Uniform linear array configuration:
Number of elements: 48
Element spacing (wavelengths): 1
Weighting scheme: kaiser
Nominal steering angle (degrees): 15
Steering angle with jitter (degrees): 15.958
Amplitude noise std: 0.05
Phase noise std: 0.05

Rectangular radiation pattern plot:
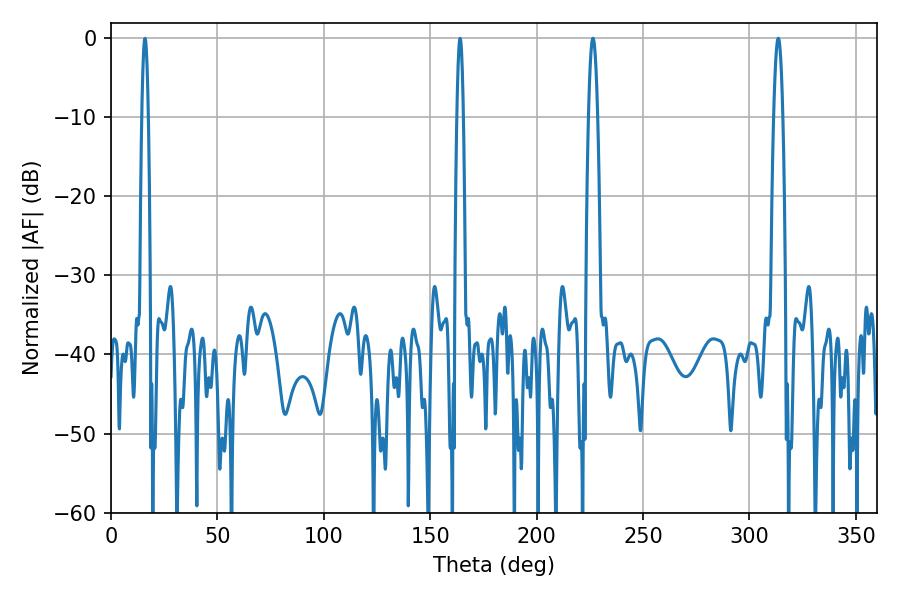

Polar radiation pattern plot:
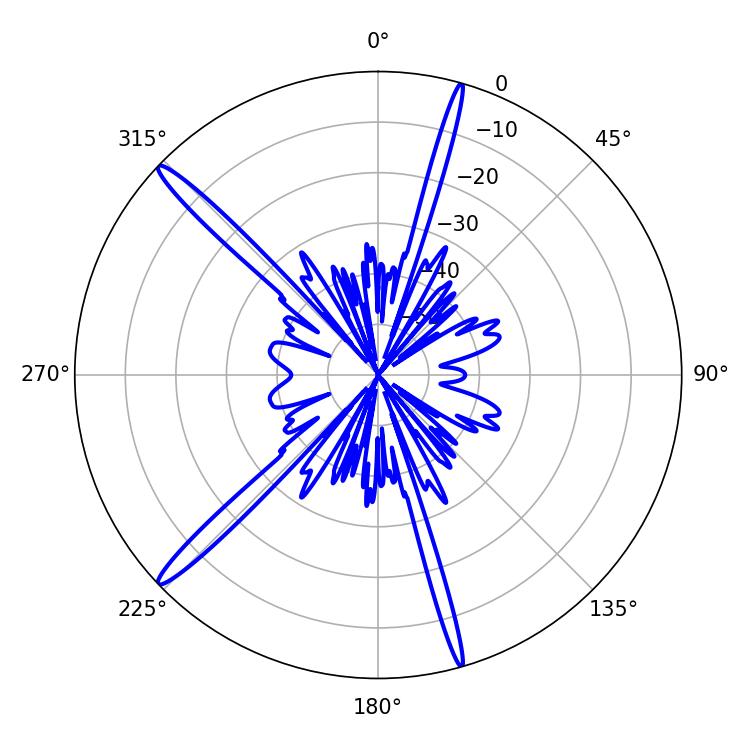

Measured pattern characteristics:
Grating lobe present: TRUE
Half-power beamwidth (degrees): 2.34
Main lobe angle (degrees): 226.44